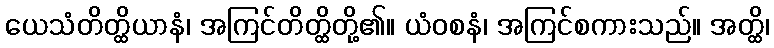
ယေသံတိတ္ထိယာနံ၊ အကြင်တိတ္ထိတို့၏။ ယံဝစနံ၊ အကြင်စကားသည်။ အတ္ထိ၊